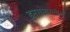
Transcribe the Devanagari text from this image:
इतरांसारखीच